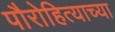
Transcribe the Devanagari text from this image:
पौरोहित्याच्या